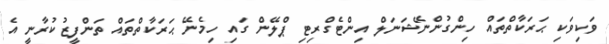
ވަކިވަކި ޙަރަކާތްތައް ހިންގުންނޭޝަނަލް އިންޓެގްރިޓި ޕްލޭން ގައި ހިމެނޭ ޙަރަކާތްތައް ތަންފީޒުކުރާނީ އެ